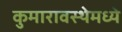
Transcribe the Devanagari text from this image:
कुमारावस्थेमध्ये